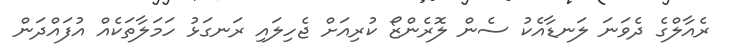
ރެއާލްގެ ދެވަނަ ލަނޑާއެކު ސެން ލޮރެންޒޯ ކުރިއަށް ޖެހިލައި ރަނގަޅު ހަމަލާތަކެއް އުފައްދަން